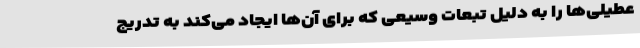
عطیلی‌ها را به دلیل تبعات وسیعی که برای آن‌ها ایجاد می‌کند به تدریج